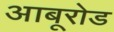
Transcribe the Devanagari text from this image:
आबूरोड